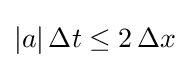
|a|\,\Delta t\leq 2\,\Delta x